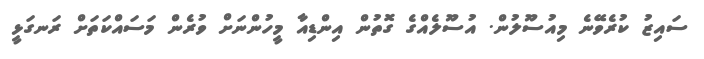
ސައިޒު ކުރެވޭނެ މިއުސޫލުން. އުސޫލެއްގެ ގޮތުން އިންޑިއާ މީހުންނަށް ވުރެން މަސައްކަތަށް ރަނގަޅީ